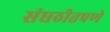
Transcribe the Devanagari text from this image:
संघठीतपणे